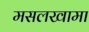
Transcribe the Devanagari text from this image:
मसलखामा